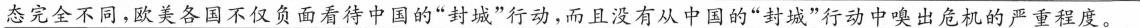
态完全不同，欧美各国不仅负面看待中国的”封城”行动，而且没有从中国的”封城”行动中嗅出危机的严重程度。